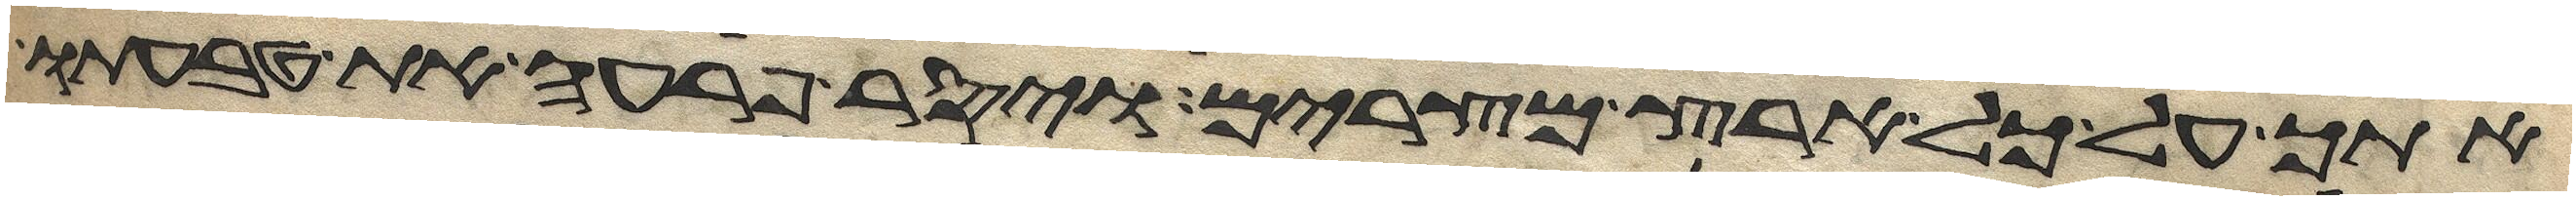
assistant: אתך על כל ארץ מצרים ויסר פרעה את טבעתו